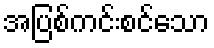
အပြစ်ကင်းစင်သော